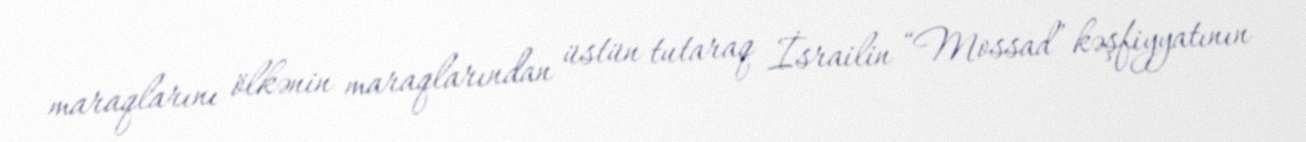
maraqlarını ölkənin maraqlarından üstün tutaraq İsrailin “Mossad” kəşfiyyatının